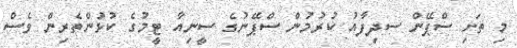
މި ތަށި ސްޕޭން ސދިފާއު ކުރުމުން ސްޕޭނުގެ ސީނިއާ ޓީމުގެ ކުޅުންތެރިން ވެސް